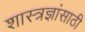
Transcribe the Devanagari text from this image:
शास्त्रज्ञांसाठी